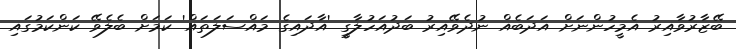
ބޭޒާރުވާއިރު އެމީހުންނަށް އަދަބެއް ނުދެވޭއިރު ބަދުއަހުލާގީ 'އާދައިގެ މައްސަލަތައް' ކަމަށް ބެލެވޭ ކަންކަމުގައި